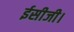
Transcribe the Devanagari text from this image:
ईसीजी।